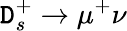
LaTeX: \mathtt{D}_{s}^{+}\to\mu^{+}\nu